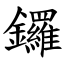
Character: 鑼